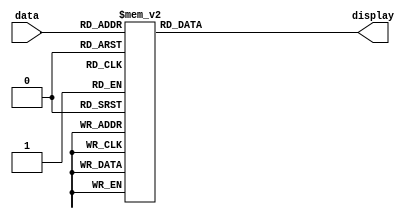
module sev_seg2(data, display);
input [2:0] data;
output reg [7:0]display;


always @(*)
 begin
    case(data[2:0])
    3'b000 : display = 8'b11000000; // 0
    3'b001 : display = 8'b11110001; // L
    3'b010 : display = 8'b11110001; //L
    3'b011 : display = 8'b11110001; //L
    3'b100 : display = 8'b11001110; //R
    3'b101 : display = 8'b11001110; //R
    3'b110 : display = 8'b11001110; //R
    3'b111 : display = 8'b11111111; //blank
   
    endcase
    
end

endmodule